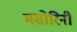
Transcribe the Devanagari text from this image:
मसोरिनी